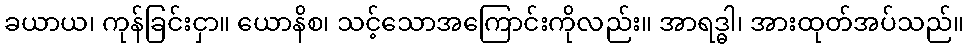
ခယာယ၊ ကုန်ခြင်းငှာ။ ယောနိစ၊ သင့်သောအကြောင်းကိုလည်း။ အာရဒ္ဓါ၊ အားထုတ်အပ်သည်။